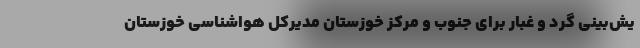
یش‌بینی گرد و غبار برای جنوب و مرکز خوزستان مدیرکل هواشناسی خوزستان